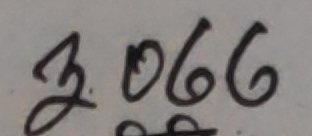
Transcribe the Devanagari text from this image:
३.०६६